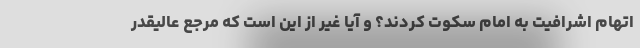
اتهام اشرافیت به امام سکوت کردند؟ و آیا غیر از این است که مرجع عالیقدر